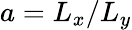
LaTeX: {a=L_{x}/L_{y}}